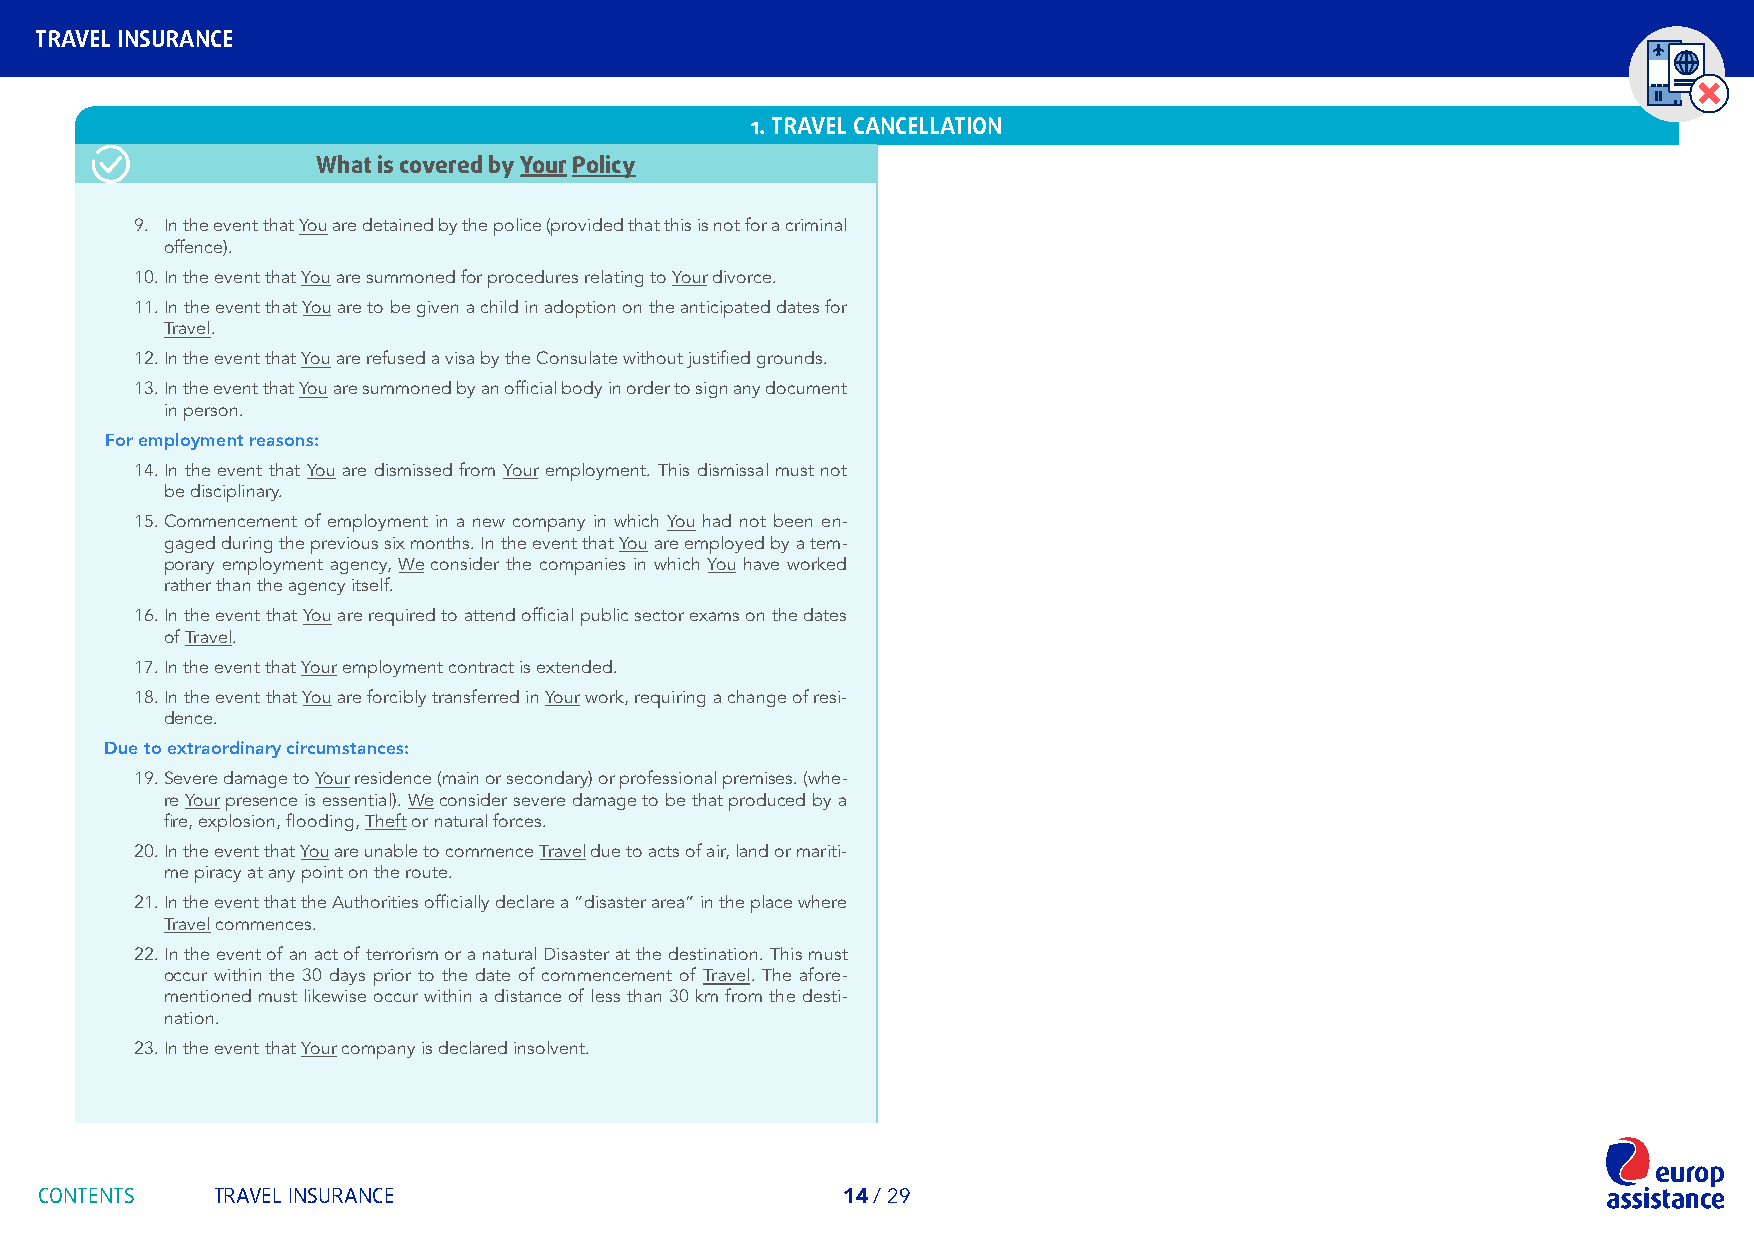
TRAVEL INSURANCE
 1. TRAVEL CANCELLATION
 What is covered by Your Policy
 9. In the event that You are detained by the police (provided that this is not for a criminal
 offence).
 10. In the event that You are summoned for procedures relating to Your divorce.
 11. In the event that You are to be given a child in adoption on the anticipated dates for
 Travel.
 12. In the event that You are refused a visa by the Consulate without justified grounds.
 13. In the event that You are summoned by an official body in order to sign any document
 in person.
 For employment reasons:
 14. In the event that You are dismissed from Your employment. This dismissal must not
 be disciplinary.
 15. Commencement of employment in a new company in which You had not been en-
 gaged during the previous six months. In the event that You are employed by a tem-
 porary employment agency, We consider the companies in which You have worked
 rather than the agency itself.
 16. In the event that You are required to attend official public sector exams on the dates
 of Travel.
 17. In the event that Your employment contract is extended.
 18. In the event that You are forcibly transferred in Your work, requiring a change of resi-
 dence.
 Due to extraordinary circumstances:
 19. Severe damage to Your residence (main or secondary) or professional premises. (whe-
 re Your presence is essential). We consider severe damage to be that produced by a
 fire, explosion, flooding, Theft or natural forces.
 20. In the event that You are unable to commence Travel due to acts of air, land or mariti-
 me piracy at any point on the route.
 21. In the event that the Authorities officially declare a “disaster area” in the place where
 Travel commences.
 22. In the event of an act of terrorism or a natural Disaster at the destination. This must
 occur within the 30 days prior to the date of commencement of Travel. The afore-
 mentioned must likewise occur within a distance of less than 30 km from the desti-
 nation.
 23. In the event that Your company is declared insolvent.
 CONTENTS   TRAVEL INSURANCE                          14 / 29